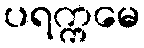
ပရက္ကမေ